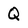
Character: Q